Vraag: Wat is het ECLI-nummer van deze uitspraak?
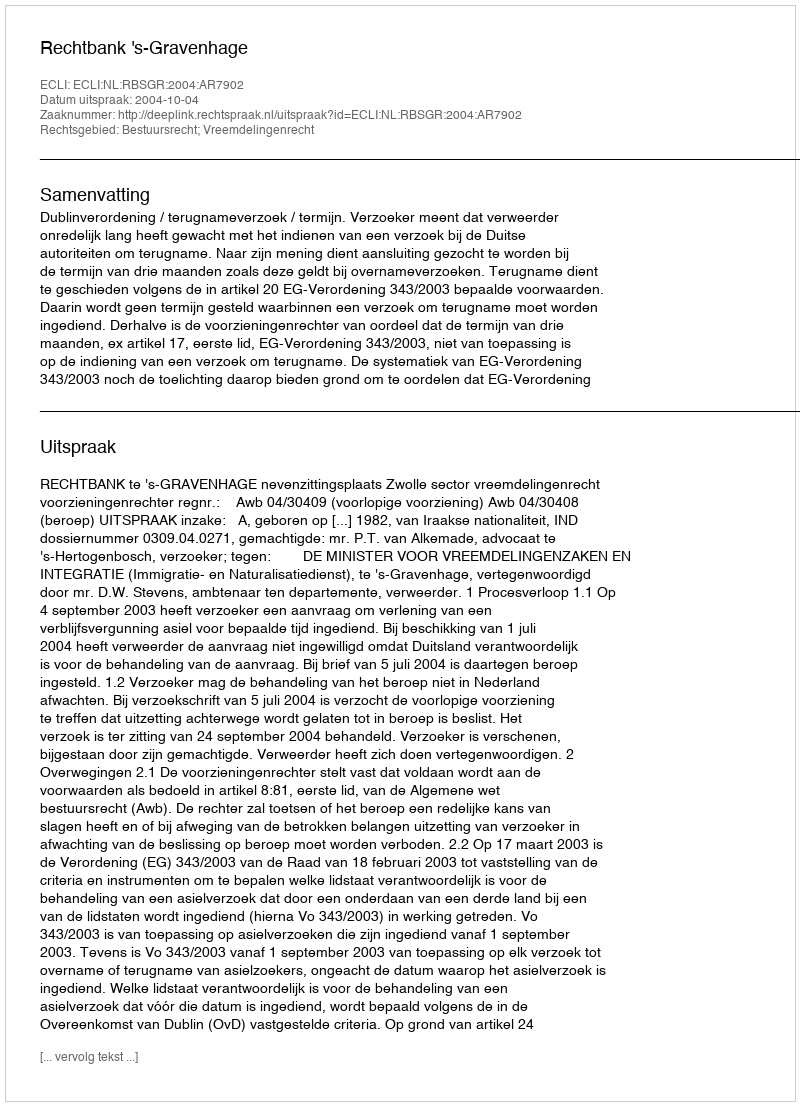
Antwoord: ECLI:NL:RBSGR:2004:AR7902